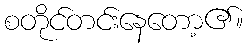
စတိုင်တင်းနေတော့၏။